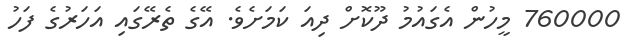
760000 މީހުން އެގައުމު ދޫކޮށް ދިއަ ކަމަށެވެ. އޭގެ ތެރޭގައި އަހަރުގެ ފަހު